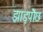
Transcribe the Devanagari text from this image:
झाड़पोेंछ